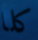
كلا